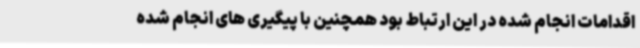
اقدامات انجام شده در این ارتباط بود همچنین با پیگیری های انجام شده